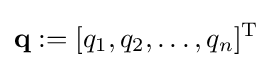
\mathbf {q} :=[q_{1},q_{2},\ldots ,q_{n}]^{\mathrm {T} }